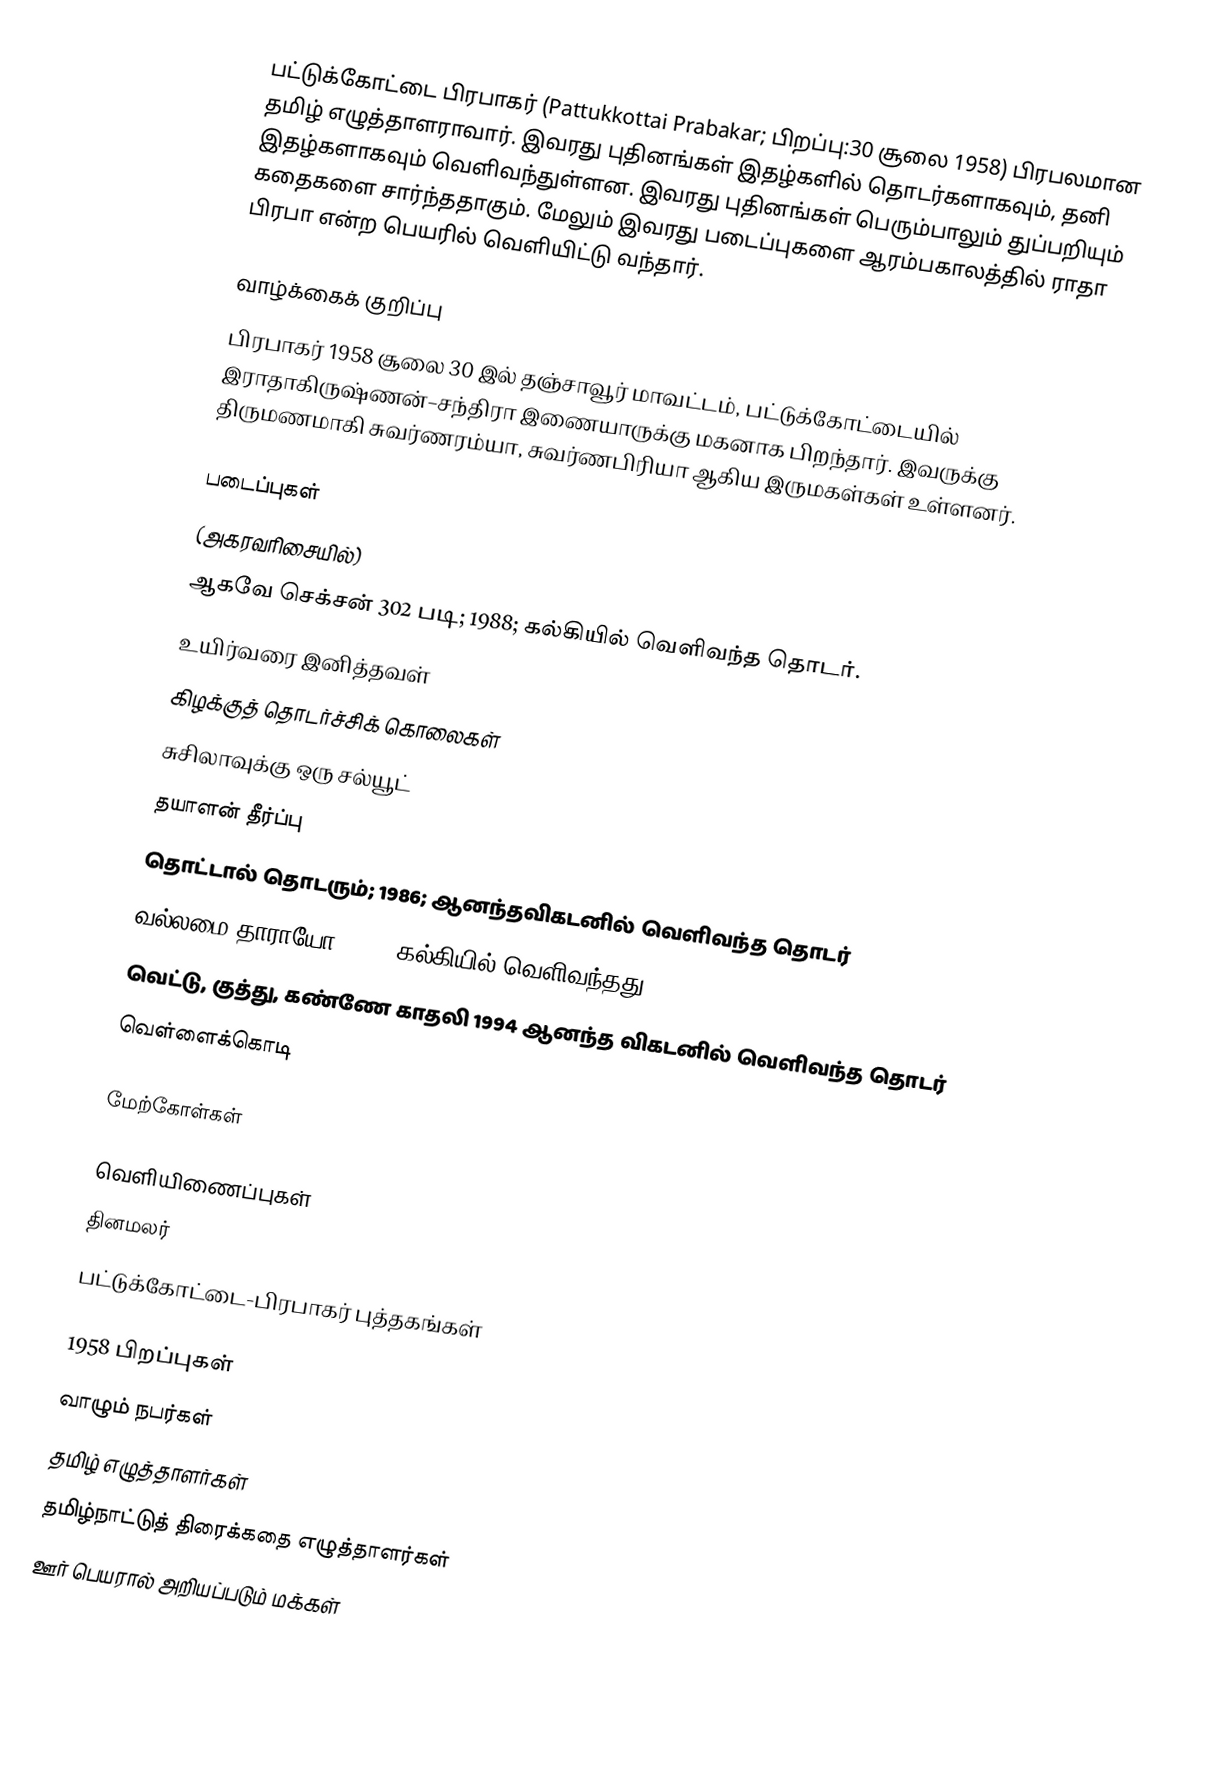
பட்டுக்கோட்டை பிரபாகர் (Pattukkottai Prabakar; பிறப்பு:30 சூலை 1958) பிரபலமான தமிழ் எழுத்தாளராவார். இவரது புதினங்கள் இதழ்களில் தொடர்களாகவும், தனி இதழ்களாகவும் வெளிவந்துள்ளன. இவரது புதினங்கள் பெரும்பாலும் துப்பறியும் கதைகளை சார்ந்ததாகும். மேலும் இவரது படைப்புகளை ஆரம்பகாலத்தில் ராதா பிரபா என்ற பெயரில் வெளியிட்டு வந்தார்.

வாழ்க்கைக் குறிப்பு
பிரபாகர் 1958 சூலை 30 இல் தஞ்சாவூர் மாவட்டம், பட்டுக்கோட்டையில் இராதாகிருஷ்ணன்–சந்திரா இணையாருக்கு மகனாக பிறந்தார். இவருக்கு திருமணமாகி சுவர்ணரம்யா, சுவர்ணபிரியா ஆகிய இருமகள்கள் உள்ளனர்.

படைப்புகள்
(அகரவரிசையில்)
 ஆகவே செக்சன் 302 படி; 1988; கல்கியில் வெளிவந்த தொடர்.
 உயிர்வரை இனித்தவள்
 கிழக்குத் தொடர்ச்சிக் கொலைகள்
 சுசிலாவுக்கு ஒரு சல்யூட்
 தயாளன் தீர்ப்பு
 தொட்டால் தொடரும்; 1986; ஆனந்தவிகடனில் வெளிவந்த தொடர்
 வல்லமை தாராயோ;1988; கல்கியில் வெளிவந்தது
 வெட்டு, குத்து, கண்ணே காதலி  1994 ஆனந்த விகடனில் வெளிவந்த தொடர்
 வெள்ளைக்கொடி

மேற்கோள்கள்

வெளியிணைப்புகள்
தினமலர்
பட்டுக்கோட்டை-பிரபாகர் புத்தகங்கள்

1958 பிறப்புகள்
வாழும் நபர்கள்
தமிழ் எழுத்தாளர்கள்
தமிழ்நாட்டுத் திரைக்கதை எழுத்தாளர்கள்
ஊர் பெயரால் அறியப்படும் மக்கள்